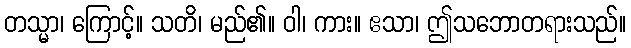
တသ္မာ၊ ကြောင့်။ သတိ၊ မည်၏။ ဝါ၊ ကား။ ဧသာ၊ ဤသဘောတရားသည်။